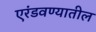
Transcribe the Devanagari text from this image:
एरंडवण्यातील